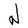
Character: N